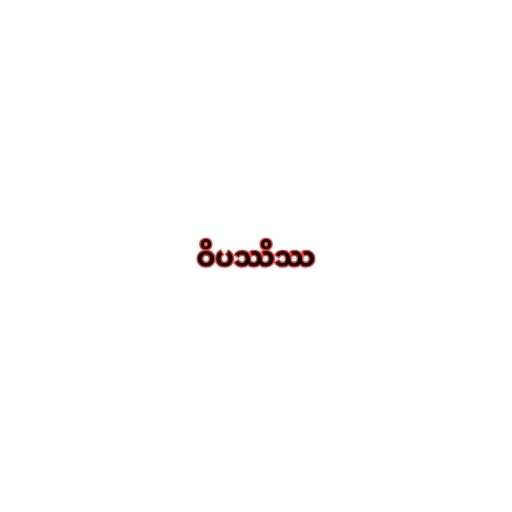
ဝိပဿိဿ